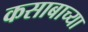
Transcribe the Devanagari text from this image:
कसाबाच्या